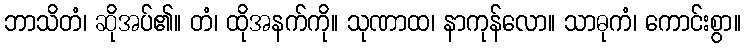
ဘာသိတံ၊ ဆိုအပ်၏။ တံ၊ ထိုအနက်ကို။ သုဏာထ၊ နာကုန်လော။ သာဓုကံ၊ ကောင်းစွာ။